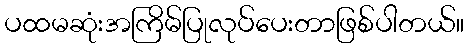
ပထမဆုံးအကြိမ်ပြုလုပ်ပေးတာဖြစ်ပါတယ်။